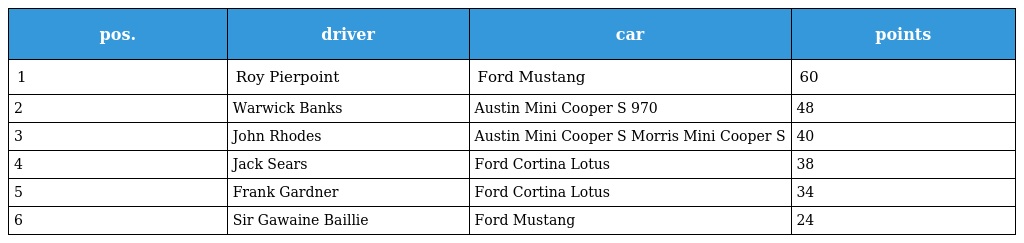
| pos. | driver | car | points |
 | --- | --- | --- | --- |
 | 1 | Roy Pierpoint | Ford Mustang | 60 |
 | 2 | Warwick Banks | Austin Mini Cooper S 970 | 48 |
 | 3 | John Rhodes | Austin Mini Cooper S Morris Mini Cooper S | 40 |
 | 4 | Jack Sears | Ford Cortina Lotus | 38 |
 | 5 | Frank Gardner | Ford Cortina Lotus | 34 |
 | 6 | Sir Gawaine Baillie | Ford Mustang | 24 |